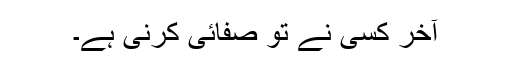
آخر کسی نے تو صفائی کرنی ہے۔